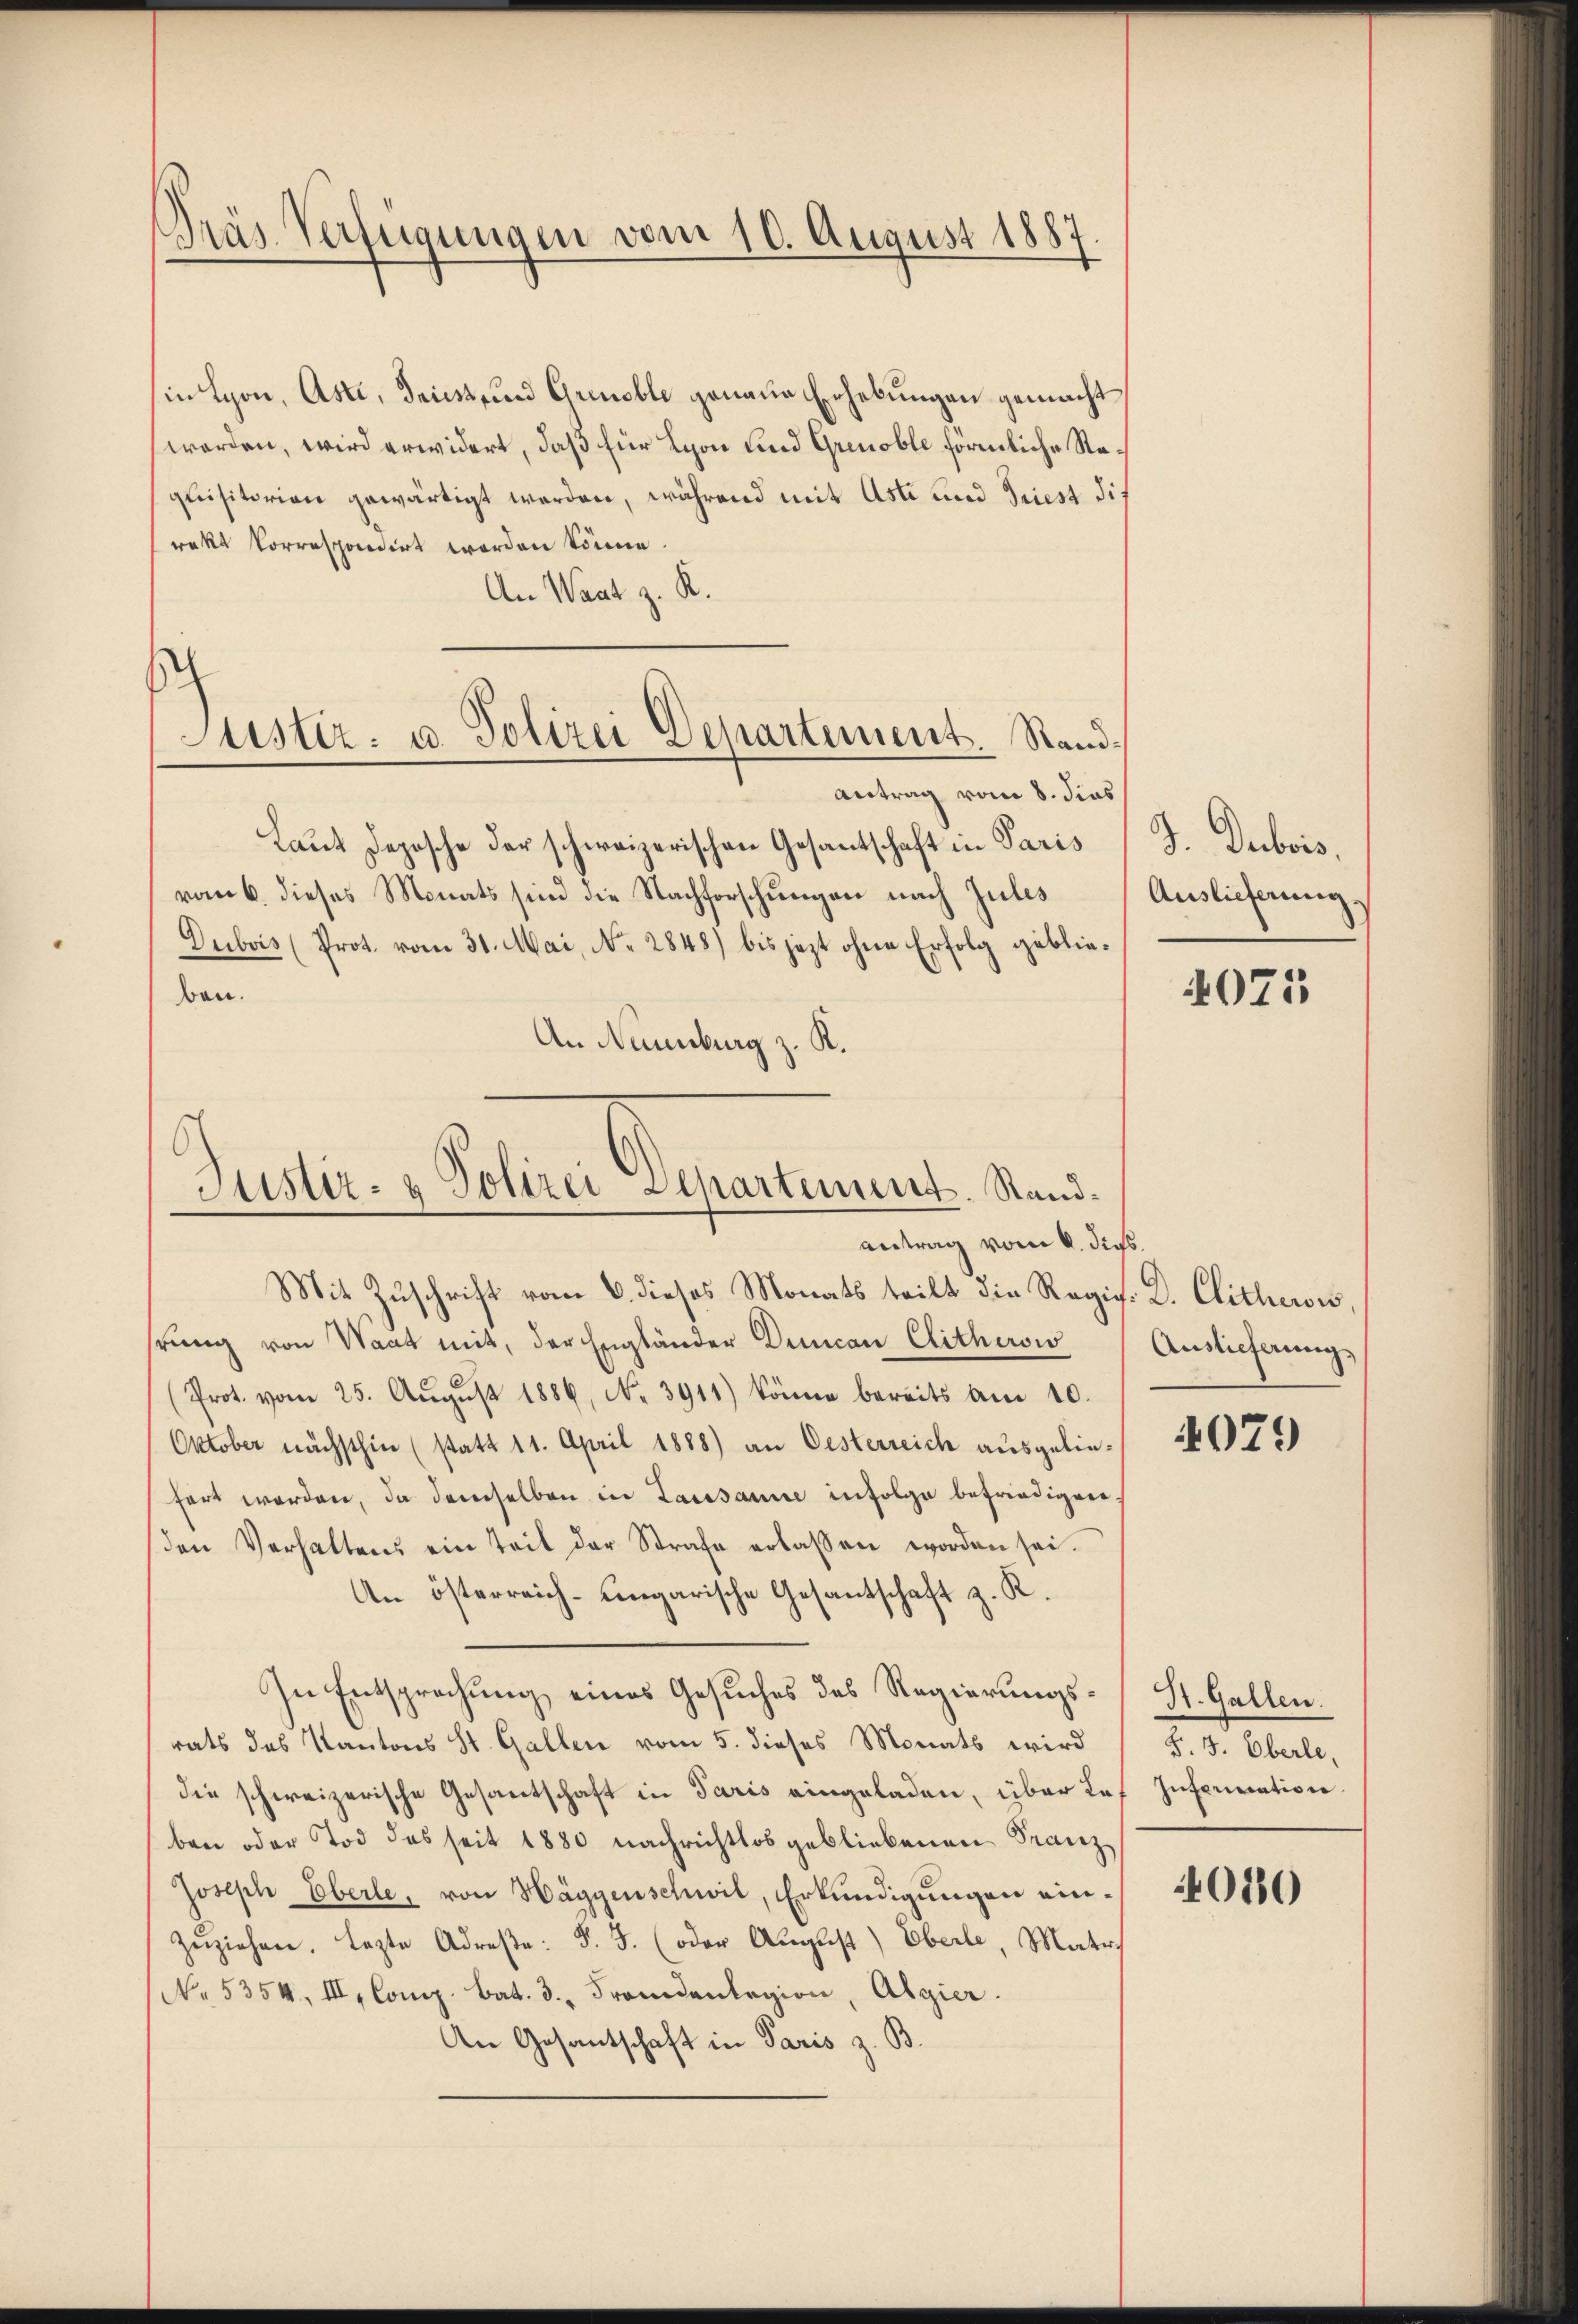
Präs. Verfügungen vom 10. August 1887

Justiz- u. Polizei Departement. Rand¬

in Lyon, Asti, Triest und Grenable genaue Erhebungen gemacht,
worden, wird erwidert, daß für Lyon und Grenoble förmliche Requisitorien gewärtigt werden, während mit Asti und Triest die
rakt korrespondirt worden könne.
An Waat z. K.
Antrag vom 8. dies
Laut Depesche der schweizerischen Gesantschaft in Paris
vom 6. dieses Monats sind die Nachforschungen nach Zules
Dubois (Prot. vom 31. Mai, N. 2848) bis jezt ohne Erfolg geblieben.
An Nanburg z. K.

Justiz- & Polizei Departement. Stand.
antrag vom 6. dies.

Mit Zuschrift vom 6. dieses Monats teilt die Regis. D. Clitheri
hrung von Waat mit, der Engländer Decan Clitheri
(Prot. vom 25. Aŭgŭst 1886, No. 3911) könne bereits am 10.
Oktober nächsthin (statt 11. April 1888) an Oesterreich ausgeliefert werden, da demselben in Lausanne infolge befriedigen,
den Verhaltens ein Teil der Strafe erlassen worden sei.
An österreich-Lingarische Gesantschaft z. R.
In Entsprechung eines Gesuches des Regierungsrats des Kantons St. Gallen vom 5. dieses Monats wird
die schweizerische Gesantschaft in Paris eingeladen, über Leben oder Tod des seit 1880 nachrichtlos gebliebenen Franz
Joseph Eberle, von Häggenschwil, Erkundigungen ein¬
Zŭziehen. lezte Adreste: F. J. (oder August) Eberle, Matri
No. 5354, III, Comp. bat. 3. Fremdenlegion, Algier
An Gesantschaft in Paris z. B.

J. Dubois,
Auslieferung

4075

Auslieferung

4079

St. Gallen.
§. 3. Oberle,
Inferination.

010